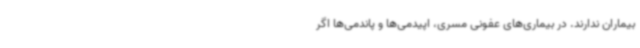
بیماران ندارند. در بیماری‌های عفونی مسری، اپیدمی‌ها و پاندمی‌ها اگر